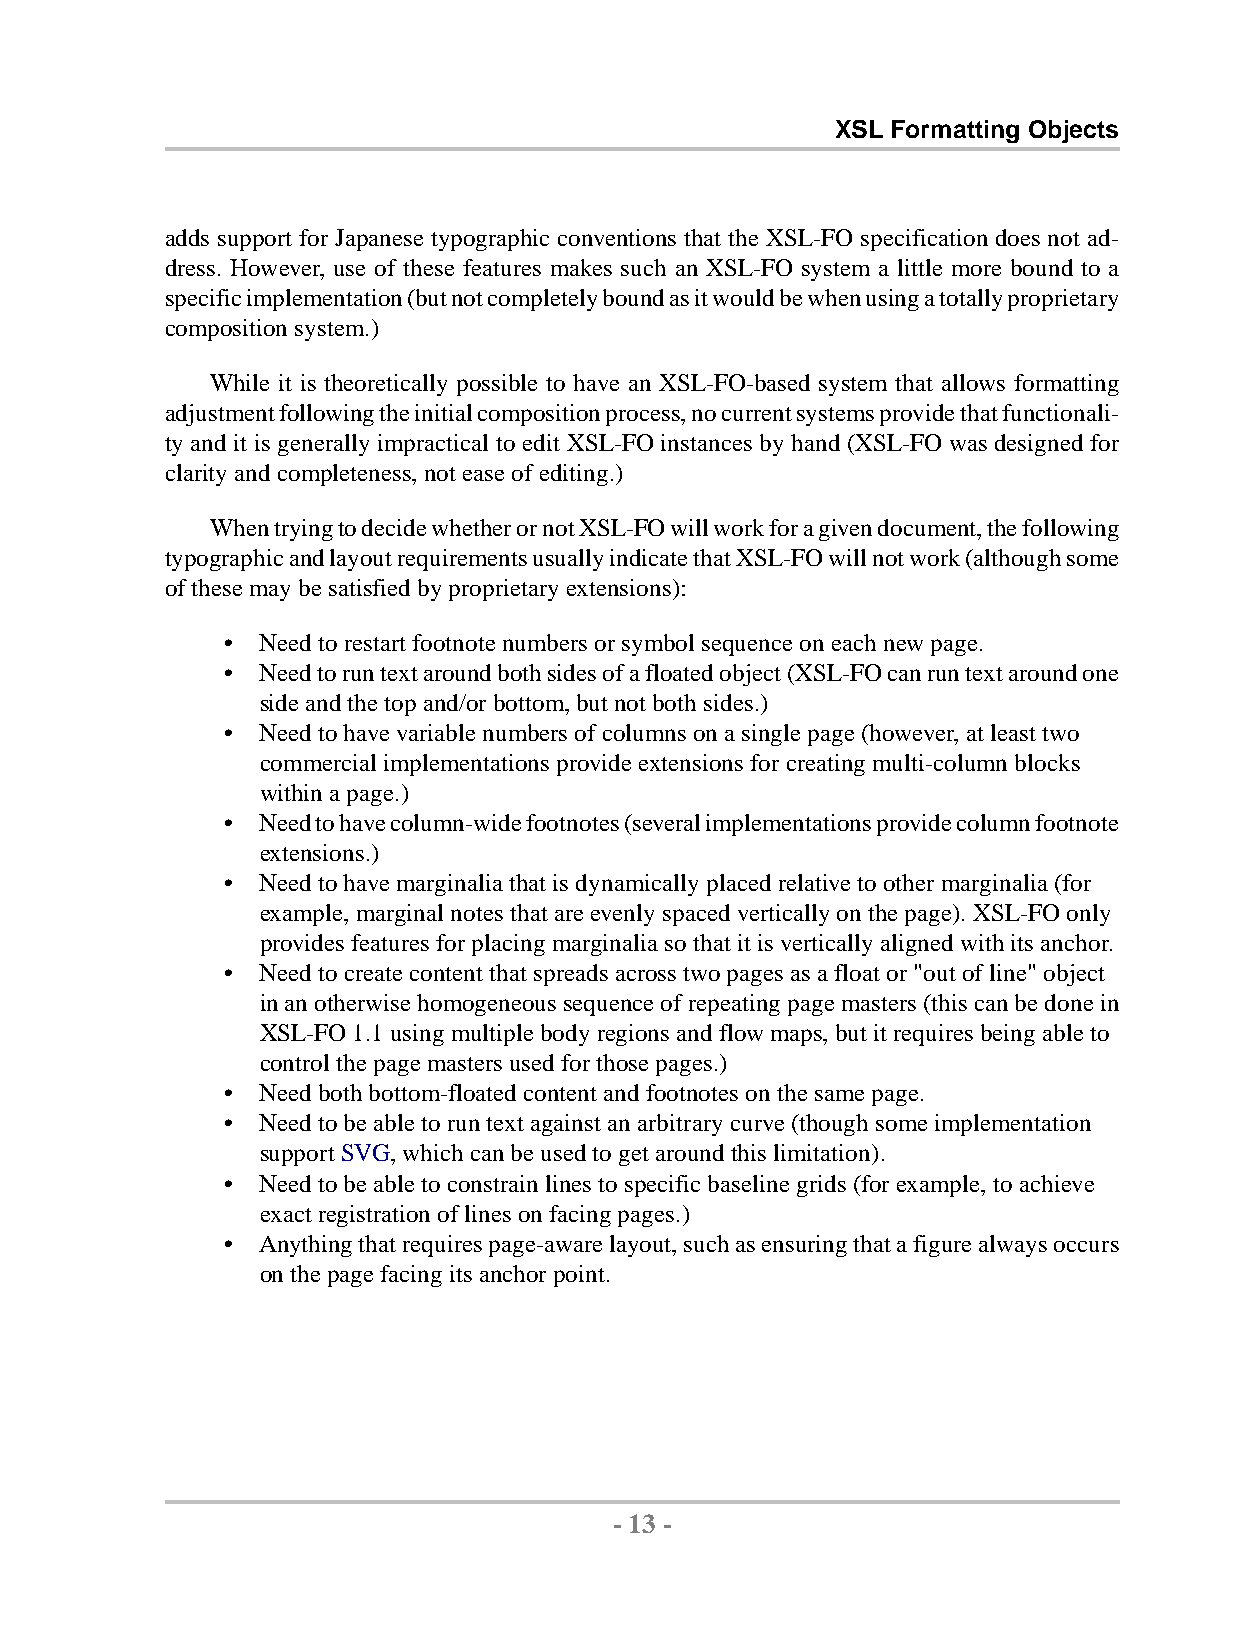
XSL Formatting Objects
 adds support for Japanese typographic conventions that the XSL-FO specification does not ad-
 dress. However, use of these features makes such an XSL-FO system a little more bound to a
 specificimplementation(butnotcompletelyboundasitwouldbewhenusingatotallyproprietary
 compositionsystem.)
 While it is theoretically possible to have an XSL-FO-based system that allows formatting
 adjustmentfollowingtheinitialcompositionprocess,nocurrentsystemsprovidethatfunctionali-
 ty and it is generally impractical to edit XSL-FO instances by hand (XSL-FO was designed for
 clarityandcompleteness,noteaseofediting.)
 WhentryingtodecidewhetherornotXSL-FOwillworkforagivendocument,thefollowing
 typographicandlayoutrequirementsusuallyindicatethatXSL-FOwillnotwork(althoughsome
 ofthesemay besatisfiedbyproprietaryextensions):
 • Needtorestartfootnotenumbersor symbolsequenceoneachnewpage.
 • Needtoruntextaroundbothsidesofafloatedobject(XSL-FOcanruntextaroundone
 sideandthetopand/orbottom,butnotbothsides.)
 • Needtohavevariable numbersof columnsonasinglepage(however,atleasttwo
 commercialimplementationsprovide extensionsforcreatingmulti-columnblocks
 withina page.)
 • Needtohavecolumn-widefootnotes(severalimplementationsprovidecolumnfootnote
 extensions.)
 • Needtohavemarginaliathatisdynamicallyplacedrelativetoothermarginalia(for
 example,marginalnotesthatare evenlyspacedverticallyonthepage).XSL-FOonly
 providesfeaturesforplacingmarginalia sothatitisverticallyalignedwithitsanchor.
 • Needtocreatecontent thatspreadsacrosstwopagesasa floator"outofline" object
 inanotherwisehomogeneoussequenceofrepeatingpagemasters(thiscanbedonein
 XSL-FO 1.1usingmultiplebodyregionsandflowmaps,butitrequires beingableto
 controlthepagemastersusedforthose pages.)
 • Needbothbottom-floated contentandfootnotesonthesamepage.
 • Needtobe abletoruntextagainstanarbitrarycurve(thoughsomeimplementation
 supportSVG,whichcanbe usedtogetaroundthislimitation).
 • Needtobe abletoconstrainlinestospecificbaseline grids(forexample,toachieve
 exactregistrationoflinesonfacingpages.)
 • Anythingthatrequirespage-awarelayout,suchasensuringthatafigurealwaysoccurs
 onthepagefacing itsanchor point.
 - 13 -
 by,XMLtoPDFXSL-FOFormatter